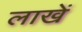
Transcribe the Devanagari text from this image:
लाखें